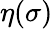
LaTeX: \eta(\sigma)